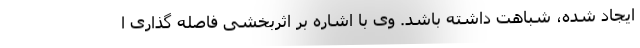
ایجاد شده، شباهت داشته باشد. وی با اشاره بر اثربخشی فاصله گذاری ا